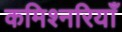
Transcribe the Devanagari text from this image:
कमिश्नरियाँ